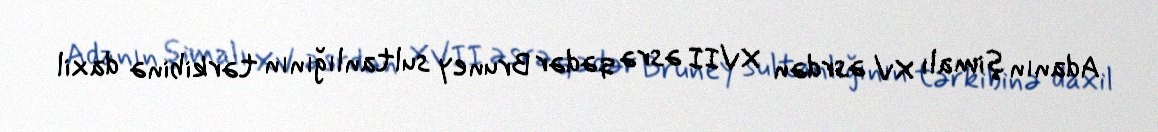
Adanın şimalı XV əsrdən XVII əsrə qədər Bruney sultanlığının tərkibinə daxil